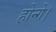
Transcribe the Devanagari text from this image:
होन्गे।